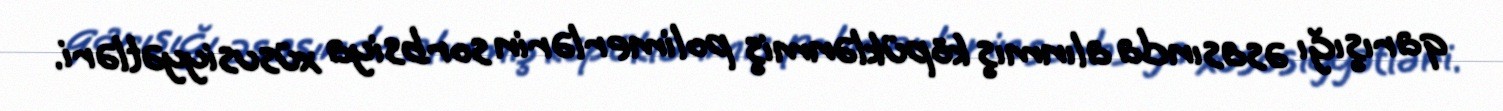
qarışığı əsasında alınmış köpüklənmiş polimerlərin sorbsiya xüsusiyyətləri.